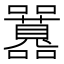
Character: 𡅻